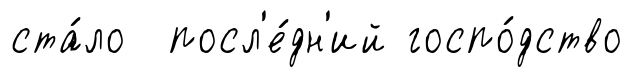
ста́ло посл'е́дн'ий госпо́дство